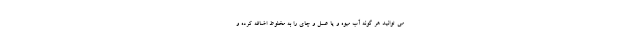
می توانید هر گونه آب میوه و یا عسل و چای را به مخلوط اضافه کرده و